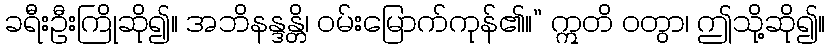
ခရီးဦးကြိုဆို၍။ အဘိနန္ဒန္တိ၊ ဝမ်းမြောက်ကုန်၏။” ဣတိ ဝတွာ၊ ဤသို့ဆို၍။